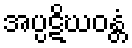
အပ္ပဋိဃဝန္တံ